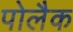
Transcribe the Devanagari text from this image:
पोलैक